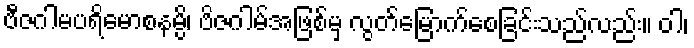
ဗီဇဂါမပရိမောစနမ္ပိ၊ ဗိဇဂါမ်အဖြစ်မှ လွတ်မြောက်စေခြင်းသည်လည်း။ ဝါ၊